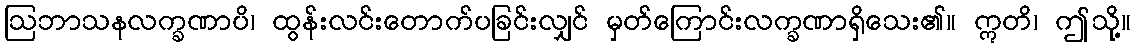
ဩဘာသနလက္ခဏာပိ၊ ထွန်းလင်းတောက်ပခြင်းလျှင် မှတ်ကြောင်းလက္ခဏာရှိသေး၏။ ဣတိ၊ ဤသို့။